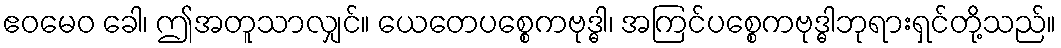
ဧဝမေဝ ခေါ၊ ဤအတူသာလျှင်။ ယေတေပစ္စေကဗုဒ္ဓါ၊ အကြင်ပစ္စေကဗုဒ္ဓါဘုရားရှင်တို့သည်။